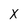
Character: X